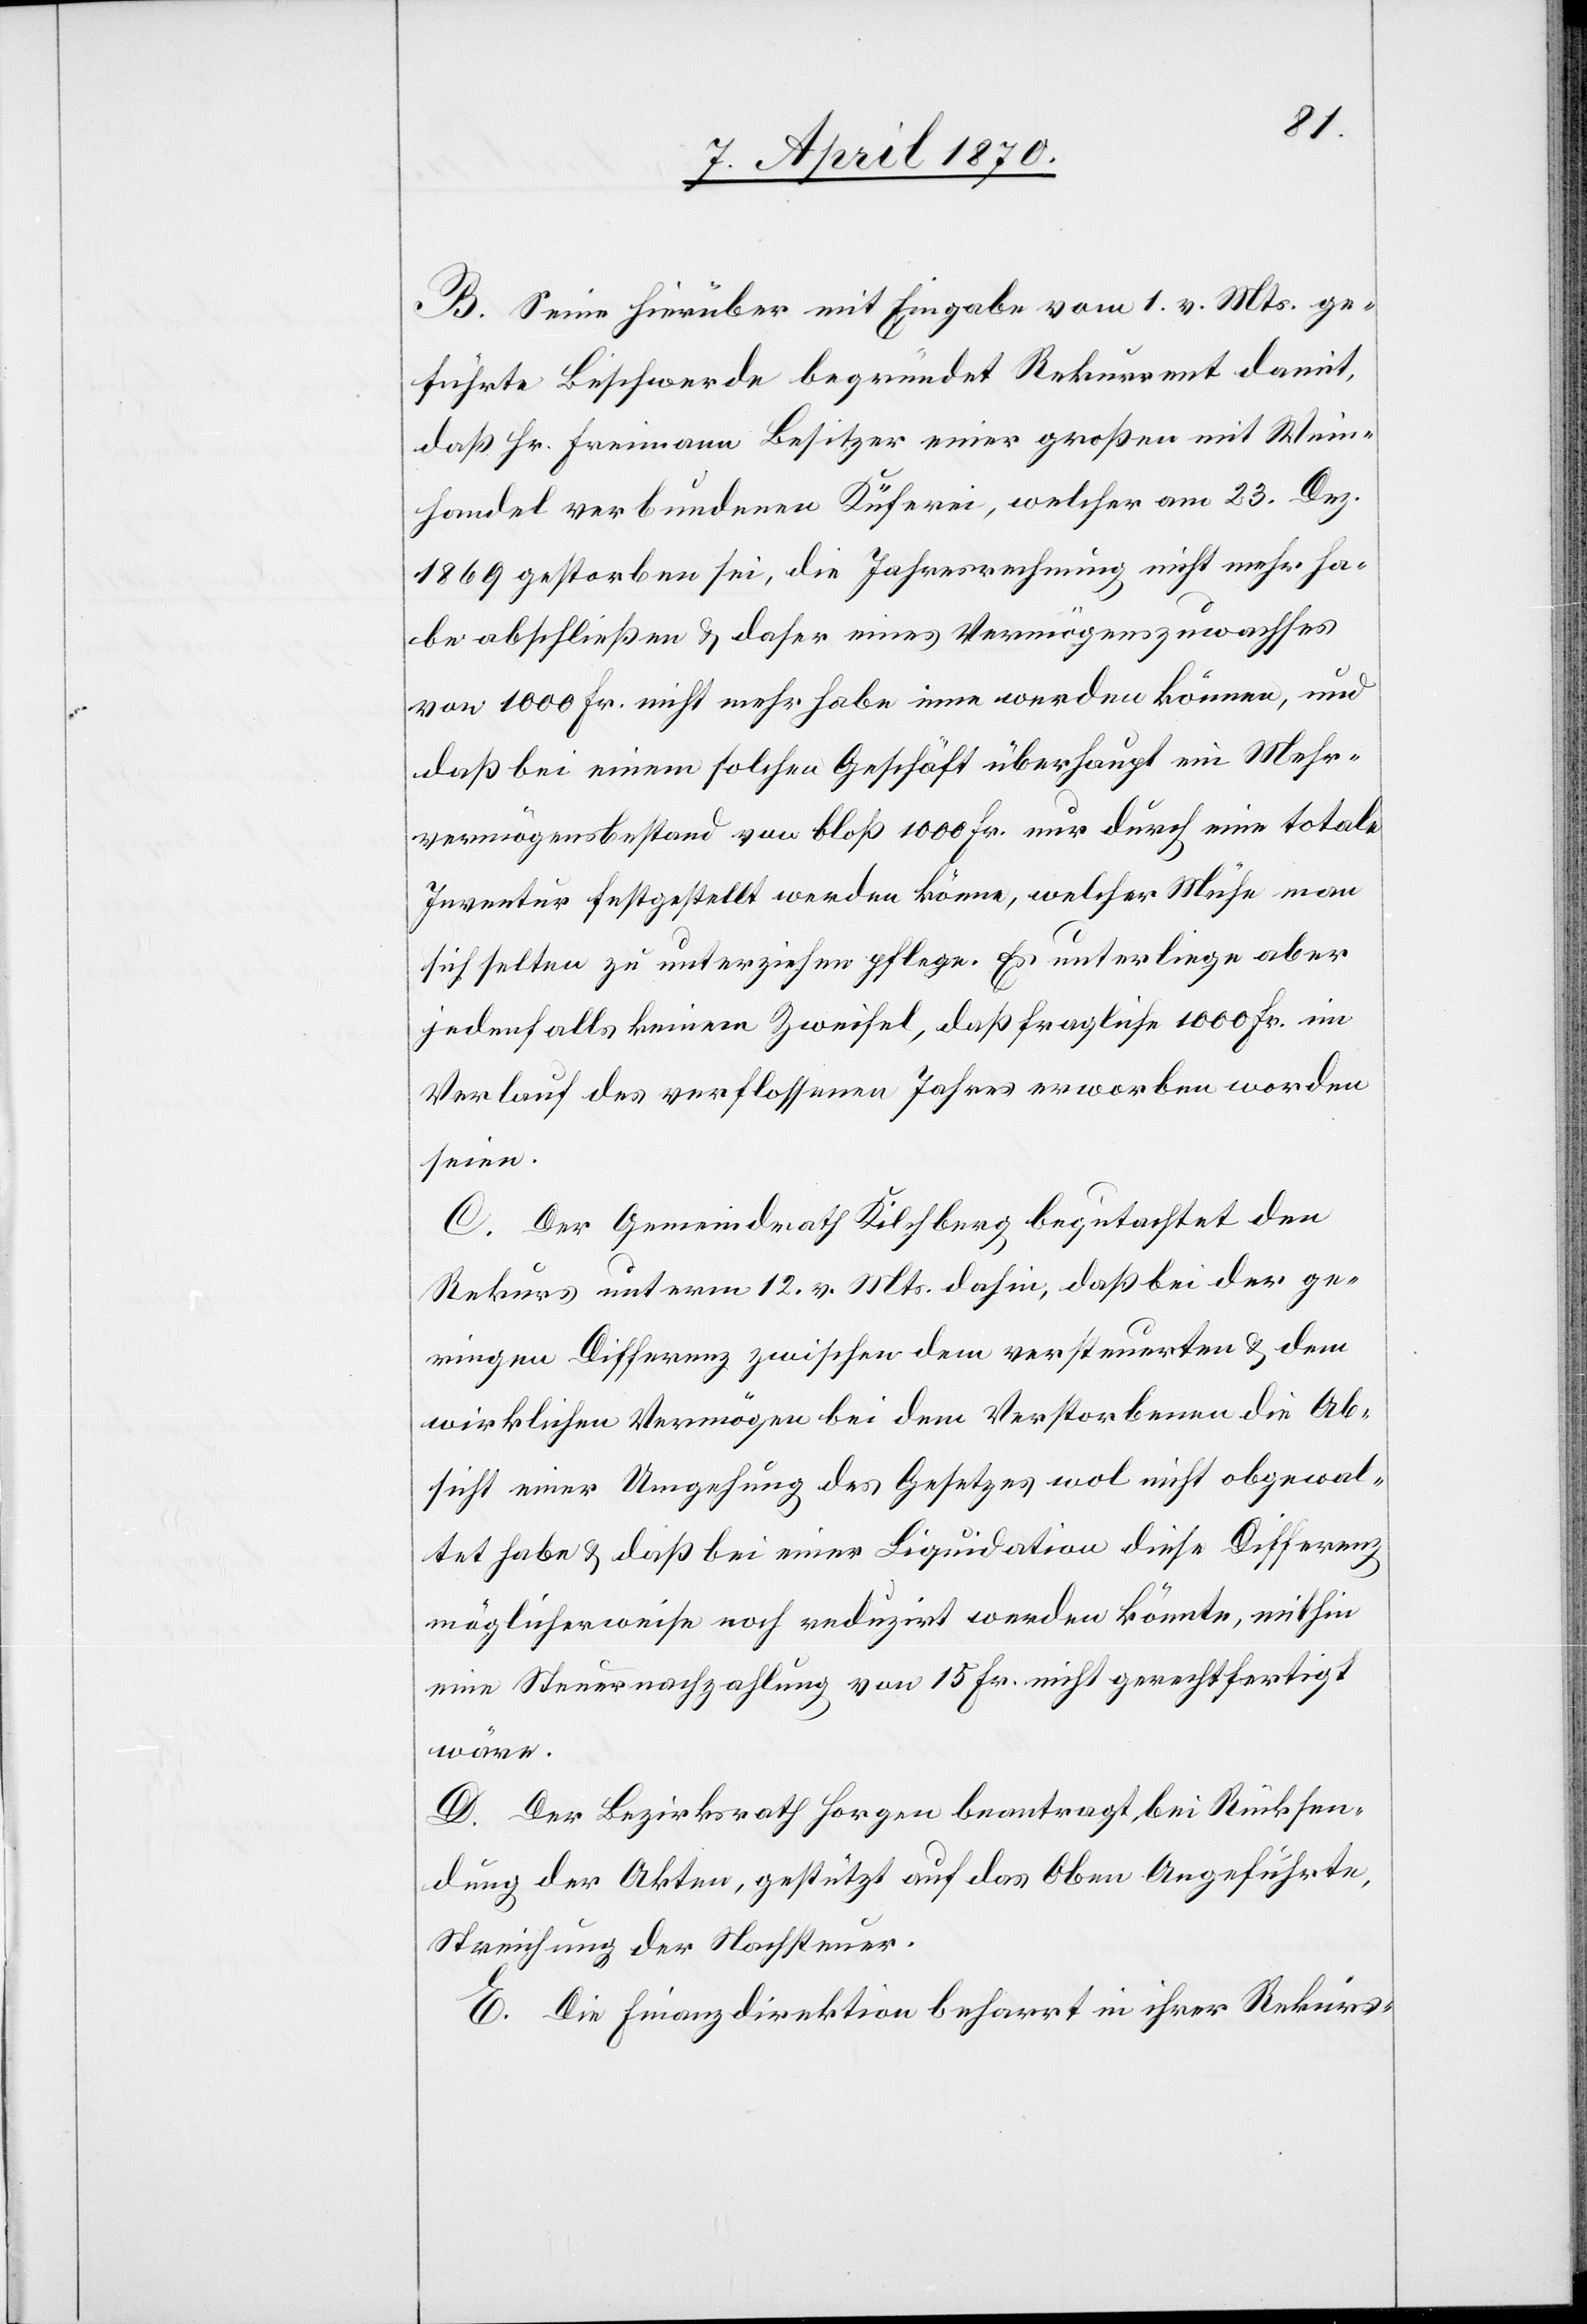
B. Seine hierüber mit Eingabe vom 1. vor. Mts. ge¬
führte Beschwerde begründet Rekurrent damit,
daß Hr. Freimann Besitzer einer großen mit Wein¬
handel verbundenen Küferei, welcher am 23. Dez.
1869 gestorben sei, die Jahresrechnung nicht mehr ha¬
be abschließen & daher eines Vermögenszuwachses
von 1000 Fr. nicht mehr habe inne werden können, und
daß bei einem solchen Geschäft überhaupt ein Mehr¬
vermögensbestand von bloß 1000 Fr. nur durch eine totale
Inventur festgestellt werden könne, welcher Mühe man
sich selten zu unterziehen pflege. Es unterliege aber
jedenfalls keinem Zweifel, daß fragliche 1000 Fr. im
Verlauf des verflossenen Jahres erworben worden
seien.
C. Der Gemeindrath Kilchberg begutachtet den
Rekurs unterm 12. vor. Mts. dahin, daß bei der ge¬
ringen Differenz zwischen dem versteuerten & dem
wirklichen Vermögen bei dem Verstorbenen die Ab¬
sicht einer Umgehung des Gesetzes wol nicht obgewal¬
tet habe & daß bei einer Liquidation diese Differenz
möglicherweise noch reduzirt werden könnte, mithin
eine Steuernachzahlung von 15. Fr. nicht gerechtfertigt
wäre.
D. Der Bezirksrath Horgen beantragt, bei Rücksen¬
dung der Akten, gestützt auf das oben Angeführte,
Streichung der Nachsteuer.
E. Die Finanzdirektion beharrt in ihrer Rekurs-